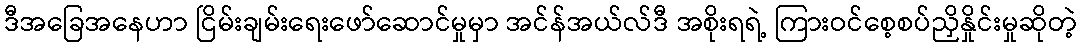
ဒီအခြေအနေဟာ ငြိမ်းချမ်းရေးဖော်ဆောင်မှုမှာ အင်န်အယ်လ်ဒီ အစိုးရရဲ့ ကြားဝင်စေ့စပ်ညှိနှိုင်းမှုဆိုတဲ့